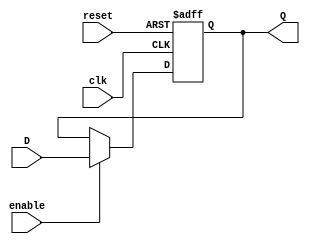
module EnableLatch (
    input clk,
    input reset,
    input enable,
    input D,
    output reg Q
);

always @(posedge clk or posedge reset) begin
    if (reset) begin
        Q <= 1'b0;
    end else begin
        if (enable) begin
            Q <= D;
        end
    end
end

endmodule